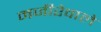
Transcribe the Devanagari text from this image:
मजीरेवाले